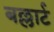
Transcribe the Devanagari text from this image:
बल्लार्ट